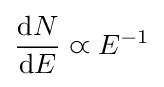
{\frac {\mathrm {d} N}{\mathrm {d} E}}\varpropto E^{-1}